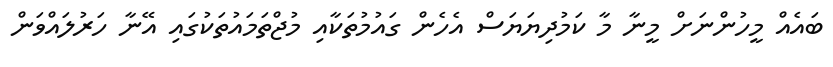
ބައެއް މީހުންނަށް މީނާ މާ ކަމުދިޔަޔަސް އެހެން ގައުމުތަކާއި މުޖްތަމައުތަކުގައި އޭނާ ހަރުލައްވަން